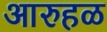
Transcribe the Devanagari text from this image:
आरुहळ